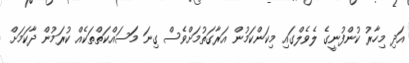
އަދި މިހާރު ކުންފުނީގެ ލެވެލްގައި މިކަންކަމުން އަރާގަތުމަށްވެސް ގިނަ މަަސައްކަތްތަކެއް ކުރަމުން ދާކަމަށް